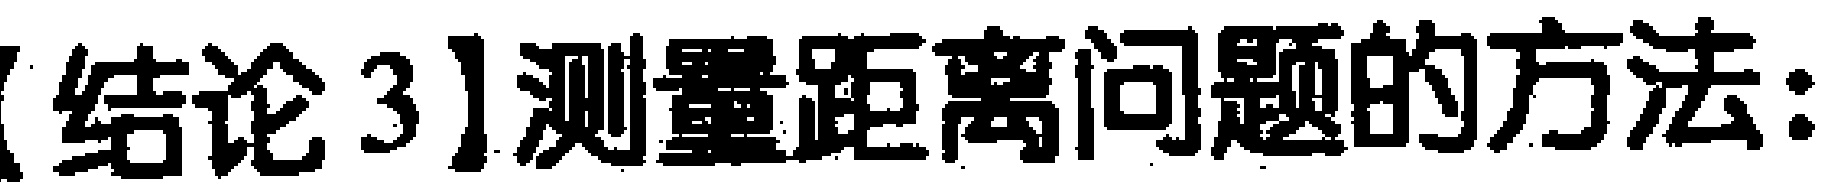
【结论3】测量距离问题的方法: